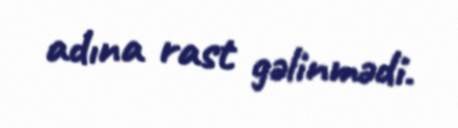
adına rast gəlinmədi.